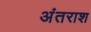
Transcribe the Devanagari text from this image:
अंतराश